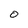
Character: O